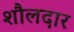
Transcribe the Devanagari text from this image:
शौलदार